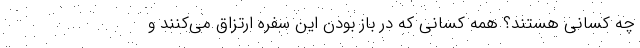
چه کسانی هستند؟ همه کسانی که در باز بودن این سفره ارتزاق می‌کنند و